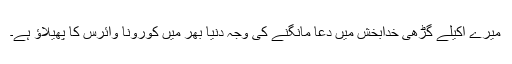
میرے اکیلے گڑھی خدابخش میں دعا مانگنے کی وجہ دنیا بھر میں کورونا وائرس کا پھیلاﺅ ہے۔